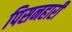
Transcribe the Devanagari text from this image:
पिसनहारी